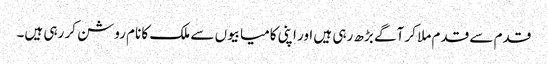
قدم سے قدم ملا کر آگے بڑھ رہی ہیں اور اپنی کامیابیوں سے ملک کا نام روشن کر رہی ہیں۔